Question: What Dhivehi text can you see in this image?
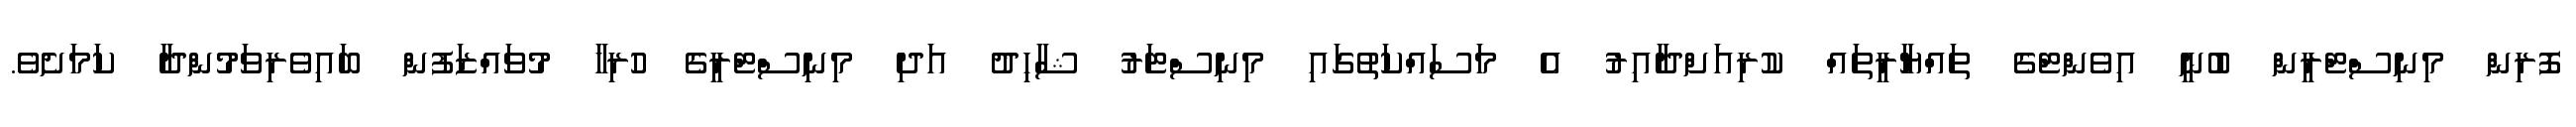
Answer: ފޮރިން މިނިސްޓްރީން ބުނީ އިވެންޓްގެ ތައްޔާރީތައް ކުރިއަށްދާއިރު އެ މަސައްކަތުގައި މިނިސްޓަރު ޝާހިދު އަދި މިނިސްޓްރީގެ ހުރިހާ މުވައްޒަފުން ބައިވެރިވަމުންދާ ކަމަށެވެ.